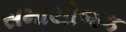
સમાયોજક